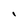
Character: I